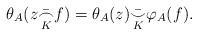
LaTeX: \begin{align*} \theta_A(z \bar{\underset{K}{\frown}} f) = \theta_A(z) \bar{\underset{K}{\smile}} \varphi_A(f).\end{align*}